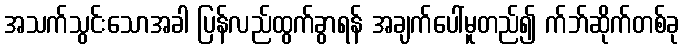
အသက်သွင်းသောအခါ ပြန်လည်ထွက်ခွာရန် အချက်ပေါ်မူတည်၍ က်ဘ်ဆိုက်တစ်ခု